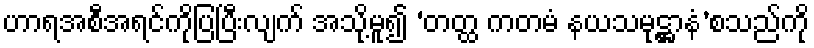
ဟာရအစီအရင်ကိုပြပြီးလျက် အသို့မူ၍ ‘တတ္ထ ကတမံ နယသမုဋ္ဌာနံ’စသည်ကို